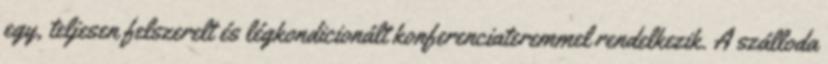
egy, teljesen felszerelt és légkondicionált konferenciateremmel rendelkezik. A szálloda